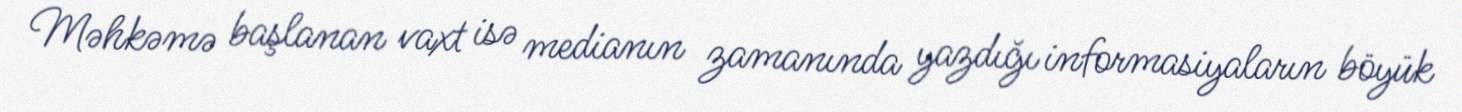
Məhkəmə başlanan vaxt isə medianın zamanında yazdığı informasiyaların böyük